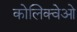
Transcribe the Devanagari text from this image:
कोलिक्वेओ